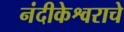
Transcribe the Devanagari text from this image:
नंदीकेश्वराचे